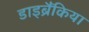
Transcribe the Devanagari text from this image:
डाइब्रैंकिया